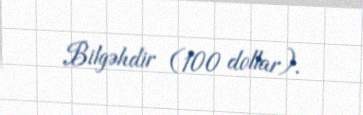
Bilgəhdir (100 dollar).